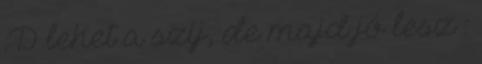
:D lehet a szíj, de majd jó lesz :